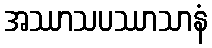
အဿာသပဿာသာနံ